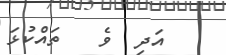
އަދި  ވެ   ތައްކުޅަ